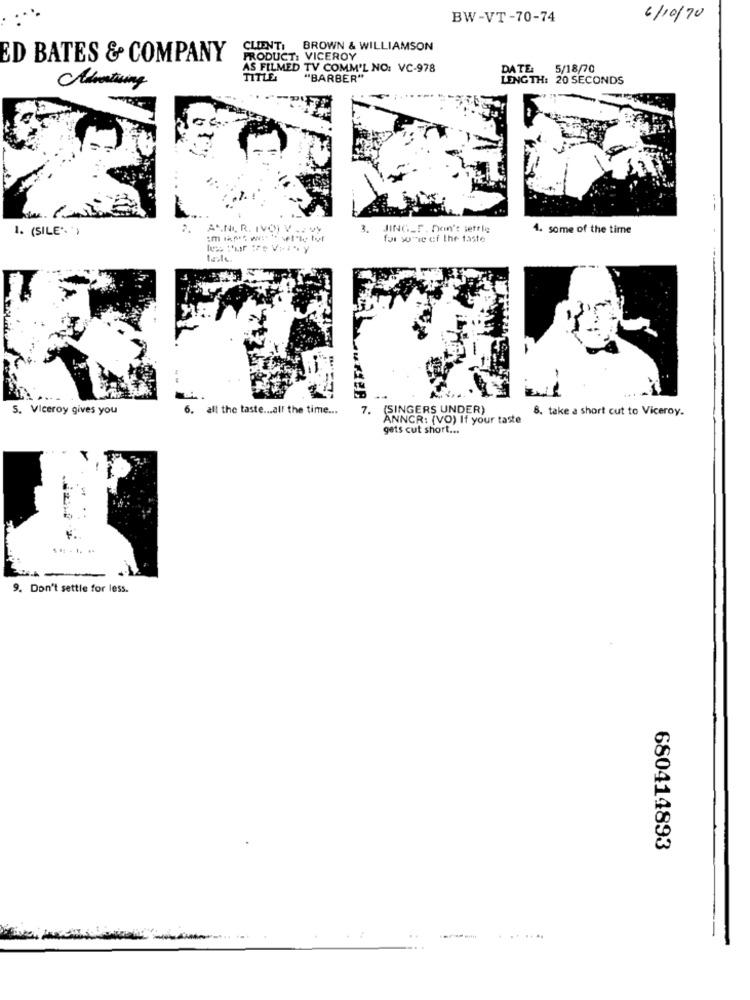
BW-VT-70-74
6/10/70
CLIENTI
BROWN & WILLIAMSON
ED BATES & COMPANY
PRODUCT: VICEROY
AS FILMED TV COMM'L NO: VC-978
DATE:
5/18/70
TITLE:
"BARBER"
LENGTH: 20 SECONDS
1. (SILE*)
ANNI R. IVO) V .. vy
3.
JING_F. Don't settle
4. some of the time
for some of the taste
5. Viceroy gives you
6. all the taste ... all the time ...
7.
(SINGERS UNDER)
8. take a short cut to Viceroy.
ANNCR: (VO) If your taste
gets cut short ...
9. Don't settle for less.
680414893
.. ..